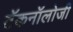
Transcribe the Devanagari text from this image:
टॅकनॉलोजी